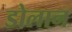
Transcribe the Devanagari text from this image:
डोलान